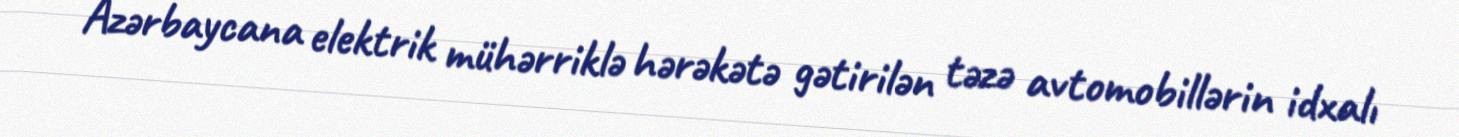
Azərbaycana elektrik mühərriklə hərəkətə gətirilən təzə avtomobillərin idxalı